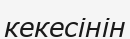
кекесінін